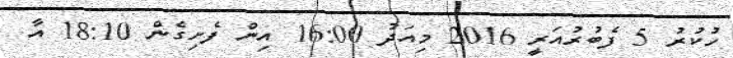
ހުކުރު 5 ފެބުރުއަރީ 2016 މިއަދު 16:00 އިން ފެށިގެން 18:10 އާ